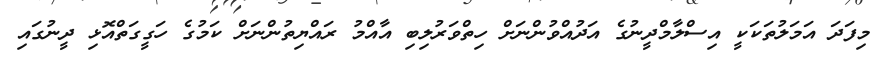
މިފަދަ އަމަލުތަކަކީ އިސްލާމްދީނުގެ އަދުއްވުންނަށް ހިތްވަރުލިބި އާއްމު ރައްޔިތުންނަށް ކަމުގެ ހަގީގަތްއޮޅި ދީނުގައި